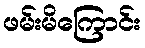
ဖမ်းမိကြောင်း